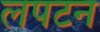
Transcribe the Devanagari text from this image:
लपटन